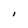
Character: b